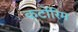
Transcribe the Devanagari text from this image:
कर्टोरिम